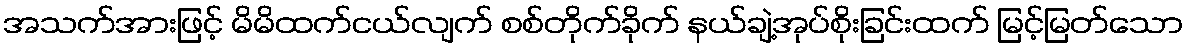
အသက်အားဖြင့် မိမိထက်ငယ်လျက် စစ်တိုက်ခိုက် နယ်ချဲ့အုပ်စိုးခြင်းထက် မြင့်မြတ်သော